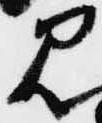
見